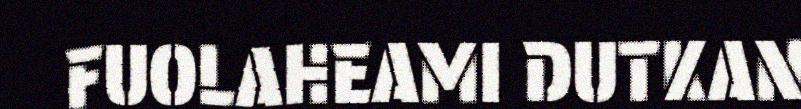
FUOLAHEAMI DUTKAN